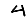
Digit: 4